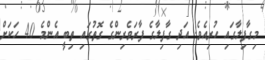
މިގާފިލާގައި ހުރިއެވެ. އަދި ގާފިލާގެ ފާރަވެރިންގެ ގޮތުގައި ތިބީ އެންމެ 40 ހަކަށް